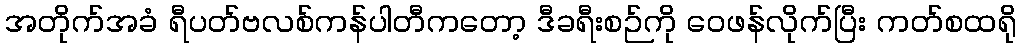
အတိုက်အခံ ရီပတ်ဗလစ်ကန်ပါတီကတော့ ဒီခရီးစဉ်ကို ဝေဖန်လိုက်ပြီး ကတ်စထရို